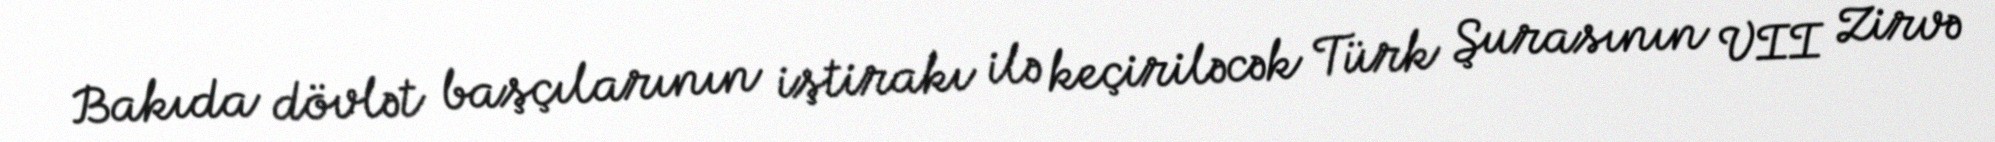
Bakıda dövlət başçılarının iştirakı ilə keçiriləcək Türk Şurasının VII Zirvə